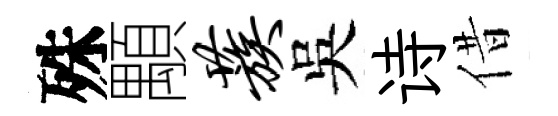
殊顒蔟吳诗借